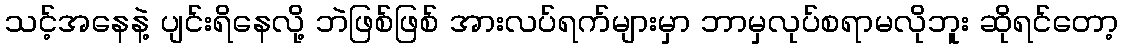
သင့်အနေနဲ့ ပျင်းရိနေလို့ ဘဲဖြစ်ဖြစ် အားလပ်ရက်များမှာ ဘာမှလုပ်စရာမလိုဘူး ဆိုရင်တော့